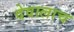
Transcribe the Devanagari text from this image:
देवालाच